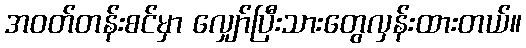
အဝတ်တန်းစင်မှာ လျှော်ပြီးသားတွေလှန်းထားတယ်။